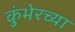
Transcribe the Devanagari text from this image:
कुंभेरच्या